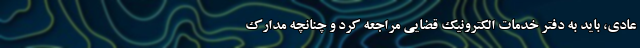
عادی، باید به دفتر خدمات الکترونیک قضایی مراجعه کرد و چنانچه مدارک